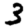
Digit: 3